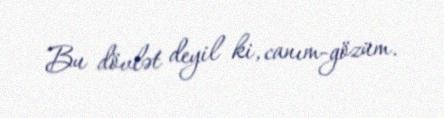
Bu dövlət deyil ki, canım-gözüm.